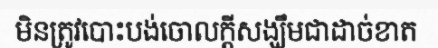
មិនត្រូវបោះបង់ចោលក្តីសង្ឃឹមជាដាច់ខាត